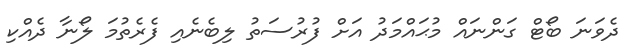
ދެވަނަ ބޯޓް ގަންނައް މުޙައްމަދު އަށް ފުރުސަތު ލިބެނެއި ފެރެތުމަ ލޯނާ ދެއްކި